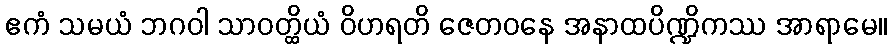
ဧကံ သမယံ ဘဂဝါ သာဝတ္ထိယံ ဝိဟရတိ ဇေတဝနေ အနာထပိဏ္ဍိကဿ အာရာမေ။